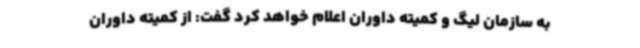
به سازمان لیگ و کمیته داوران اعلام خواهد کرد گفت: از کمیته داوران